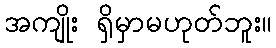
အကျိုး ရှိမှာမဟုတ်ဘူး။